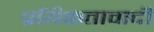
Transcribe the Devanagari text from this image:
प्रयिकतावादी